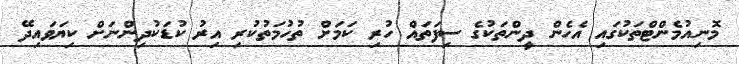
މޮނިއުމެންޓްތަކުގައި އެހެން ދީންތަކުގެ ސިފަތައް ހުރި ކަމަށް ތުހުމަތުކުރި އިރު ކުޑަކުދިންނަށް ކިޔަވައިދޭ